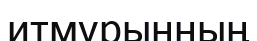
итмұрынның